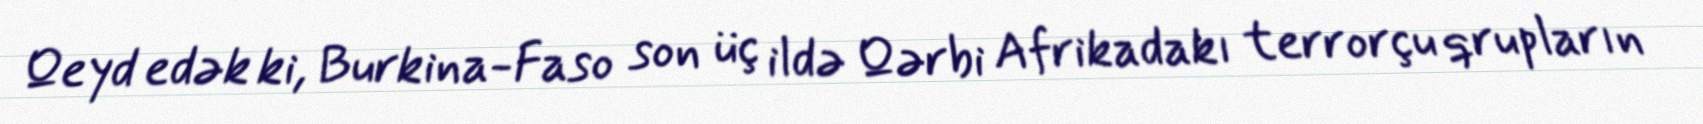
Qeyd edək ki, Burkina-Faso son üç ildə Qərbi Afrikadakı terrorçu qrupların